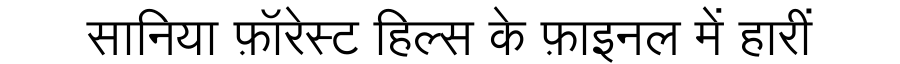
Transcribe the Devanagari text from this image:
सानिया फ़ॉरेस्ट हिल्स के फ़ाइनल में हारीं